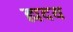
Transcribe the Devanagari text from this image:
ह्मदय